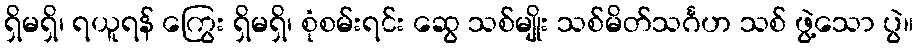
ရှိမရှိ၊ ရယူရန် ကြွေး ရှိမရှိ၊ စုံစမ်းရင်း ဆွေ သစ်မျိုး သစ်မိတ်သင်္ဂဟ သစ် ဖွဲ့သော ပွဲ။